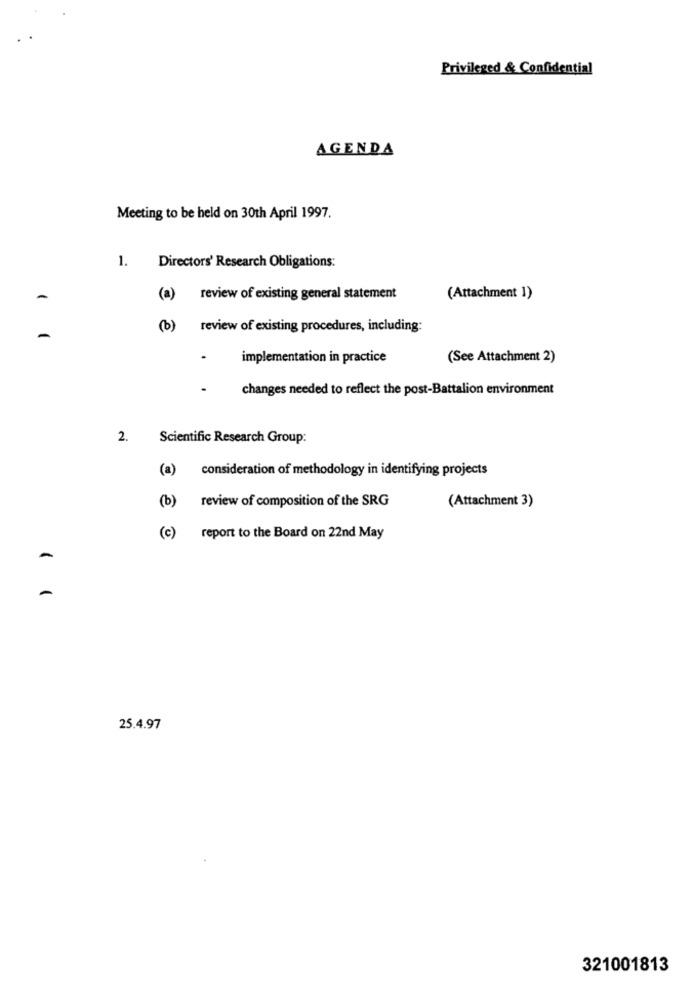
Privileged & Confidential
AGENDA
Meeting to be held on 30th April 1997.
1.
Directors' Research Obligations:
-
(a)
review of existing general statement
(Attachment 1)
(b) review of existing procedures, including:
-
implementation in practice
(See Attachment 2)
changes needed to reflect the post-Battalion environment
2.
Scientific Research Group:
(a) consideration of methodology in identifying projects
review of composition of the SRG
(Attachment 3)
(b)
(c)
report to the Board on 22nd May
25.4.97
321001813